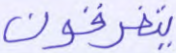
يتفرقون